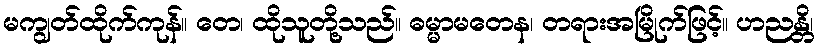
မကျွတ်ထိုက်ကုန်။ တေ၊ ထိုသူတို့သည်။ ဓမ္မာမတေန၊ တရားအမြိုက်ဖြင့်။ ဟညန္တိ၊